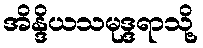
အိန္ဒိယသမုဒ္ဒရာသို့